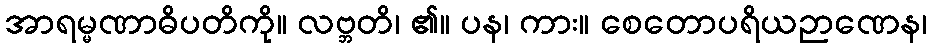
အာရမ္မဏာဓိပတိကို။ လဗ္ဘတိ၊ ၏။ ပန၊ ကား။ စေတောပရိယဉာဏေန၊